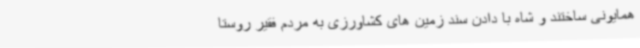
همایونی ساختند و شاه با دادن سند زمین های کشاورزی به مردم فقیر روستا